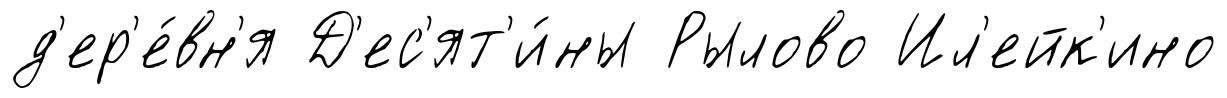
д'ер'е́вн'я Д'ес'ят'и́ны Рылово Ил'ейк'ино